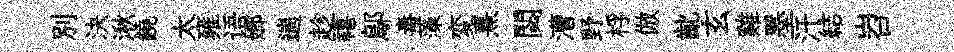
别決湫饒太雍语嫏遄趁禧鄔毒藻変熹閟漕野桴倣齔玄雞墨汗結岧